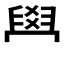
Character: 𦥯